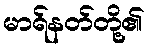
မာရ်နတ်တို့၏